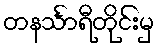
တနင်္သာရီတိုင်းမှ